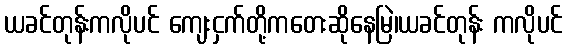
ယခင်တုန်းကလိုပင် ကျေးငှက်တို့ကတေးဆိုနေမြဲ၊ယခင်တုန်း ကလိုပင်